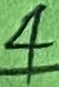
Text: 4